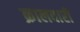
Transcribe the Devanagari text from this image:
क्रालवारी